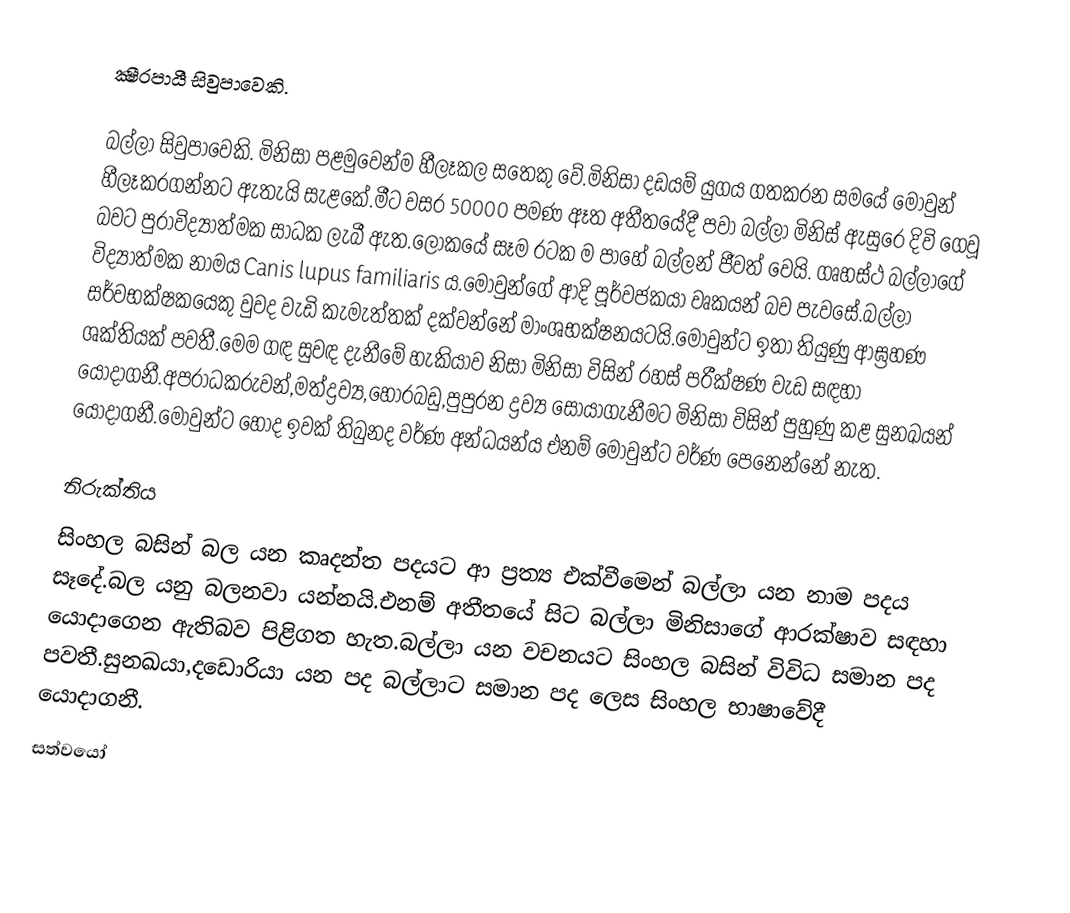
ක්‍ෂීරපායී සිවුපාවෙකි.

බල්ලා සිවුපාවෙකි. මිනිසා පළමුවෙන්ම හීලෑකල සතෙකු වේ.මිනිසා දඩයම් යුගය ගතකරන සමයේ මොවුන් හීලෑකරගන්නට ඇතැයි සැළකේ.මීට වසර 50000 පමණ ඈත අතීතයේදී පවා බල්ලා මිනිස් ඇසුරෙ දිවි ගෙවූ බවට පුරාවිද්‍යාත්මක සාධක ලැබී ඇත.ලෝකයේ සෑම රටක ම පාහේ බල්ලන් ජීවත් වෙයි. ගෘහස්ථ බල්ලාගේ විද්‍යාත්මක නාමය  Canis lupus familiaris ය.මොවුන්ගේ ආදි පූර්වජකයා වෘකයන් බව පැවසේ.බල්ලා සර්වභක්ෂකයෙකු වුවද වැඩි කැමැත්තක් දක්වන්නේ මාංශභක්ෂනයටයි.මොවුන්ට ඉතා තියුණු ආඝ්‍රහණ ශක්තියක් පවතී.මෙම ගඳ සුවඳ දැනීමේ හැකියාව නිසා මිනිසා විසින් රහස් පරීක්ෂණ වැඩ සඳහා යොදාගනී.අපරාධකරුවන්,මත්ද්‍රව්‍ය,හොරබඩු,පුපුරන ද්‍රව්‍ය සොයාගැනීමට මිනිසා විසින් පුහුණු කළ සුනඛයන් යොදාගනී.මොවුන්ට හොද ඉවක් තිබුනද  වර්ණ අන්ධයන්ය එනම් මොවුන්ට වර්ණ පෙනෙන්නේ නැත.

නිරුක්තිය
සිංහල බසින් බල යන කෘදන්ත පදයට ආ ප්‍රත්‍ය එක්වීමෙන් බල්ලා යන නාම පදය සෑදේ.බල යනු බලනවා යන්නයි.එනම් අතීතයේ සිට බල්ලා මිනිසාගේ ආරක්ෂාව සඳහා යොදාගෙන ඇතිබව පිළිගත හැත.බල්ලා යන වචනයට සිංහල බසින් විවිධ සමාන පද පවතී.සුනඛයා,දඩොරියා යන පද බල්ලාට සමාන පද ලෙස සිංහල භාෂාවේදී යොදාගනී.
සත්වයෝ